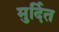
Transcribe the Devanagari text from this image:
मुर्दित